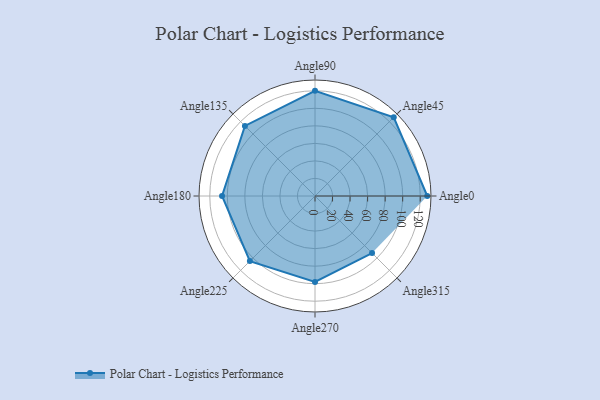
{"axis": {"x": "Angle", "y": "Radius"}, "legend": [""], "data": [{"x": "Angle0", "y": 128.0, "type": ""}, {"x": "Angle45", "y": 127.0, "type": ""}, {"x": "Angle90", "y": 120.0, "type": ""}, {"x": "Angle135", "y": 113.0, "type": ""}, {"x": "Angle180", "y": 106.0, "type": ""}, {"x": "Angle225", "y": 105.0, "type": ""}, {"x": "Angle270", "y": 98.0, "type": ""}, {"x": "Angle315", "y": 92.0, "type": ""}]}